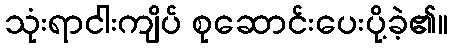
သုံးရာငါးကျိပ် စုဆောင်းပေးပို့ခဲ့၏။